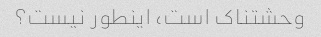
وحشتناک است، اینطور نیست؟